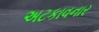
અટકાવનાર